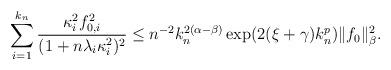
LaTeX: \begin{align*}\sum_{i=1}^{k_n} \frac{\kappa_i^2f_{0,i}^2}{(1+n\lambda_i\kappa_i^2)^2} \leq n^{-2}k_n^{2(\alpha-\beta)}\exp(2(\xi+\gamma)k_n^p)\|f_0\|^2_\beta.\end{align*}